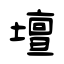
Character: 壇